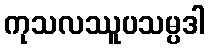
ကုသလဿူပသမ္ပဒါ